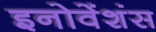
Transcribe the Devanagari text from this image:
इनोवेंशंस